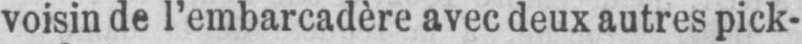
voisin de l’embarcadère avec deux autres pick-